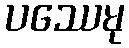
ပဿေမု